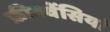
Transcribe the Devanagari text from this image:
फ्रीक्वेंसियां